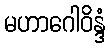
မဟာဂေါဝိန္ဒံ